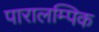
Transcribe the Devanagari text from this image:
पारालम्पिक